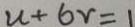
u + 6 r = 1